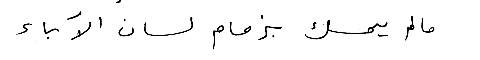
ما لم يمسك بزمام لسان الآباء